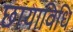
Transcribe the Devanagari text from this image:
छायाविधि